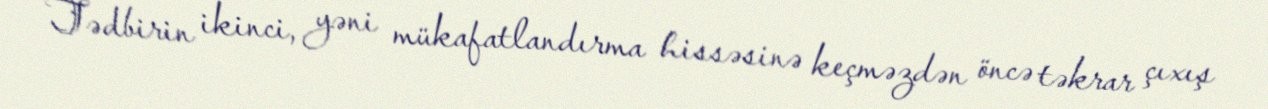
Tədbirin ikinci, yəni mükafatlandırma hissəsinə keçməzdən öncə təkrar çıxış